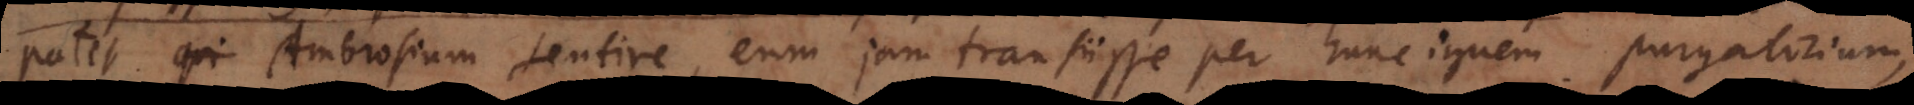
patet Ambrosium sentire, eum jam transiisse per hunc ignem purgatorium,